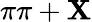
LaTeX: \pi\pi+\mathbf{X}